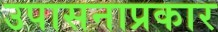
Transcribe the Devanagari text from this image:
उपासनाप्रकार